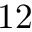
1 2